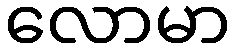
လောမာ